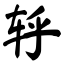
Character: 轷